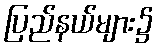
ပြည်နယ်များ၌